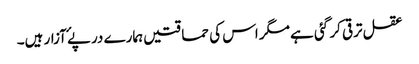
عقل ترقی کر گئی ہے مگر اس کی حماقتیں ہمارے درپۓ آزار ہیں۔